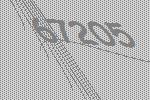
67205